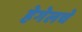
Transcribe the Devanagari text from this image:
हेगेलचे